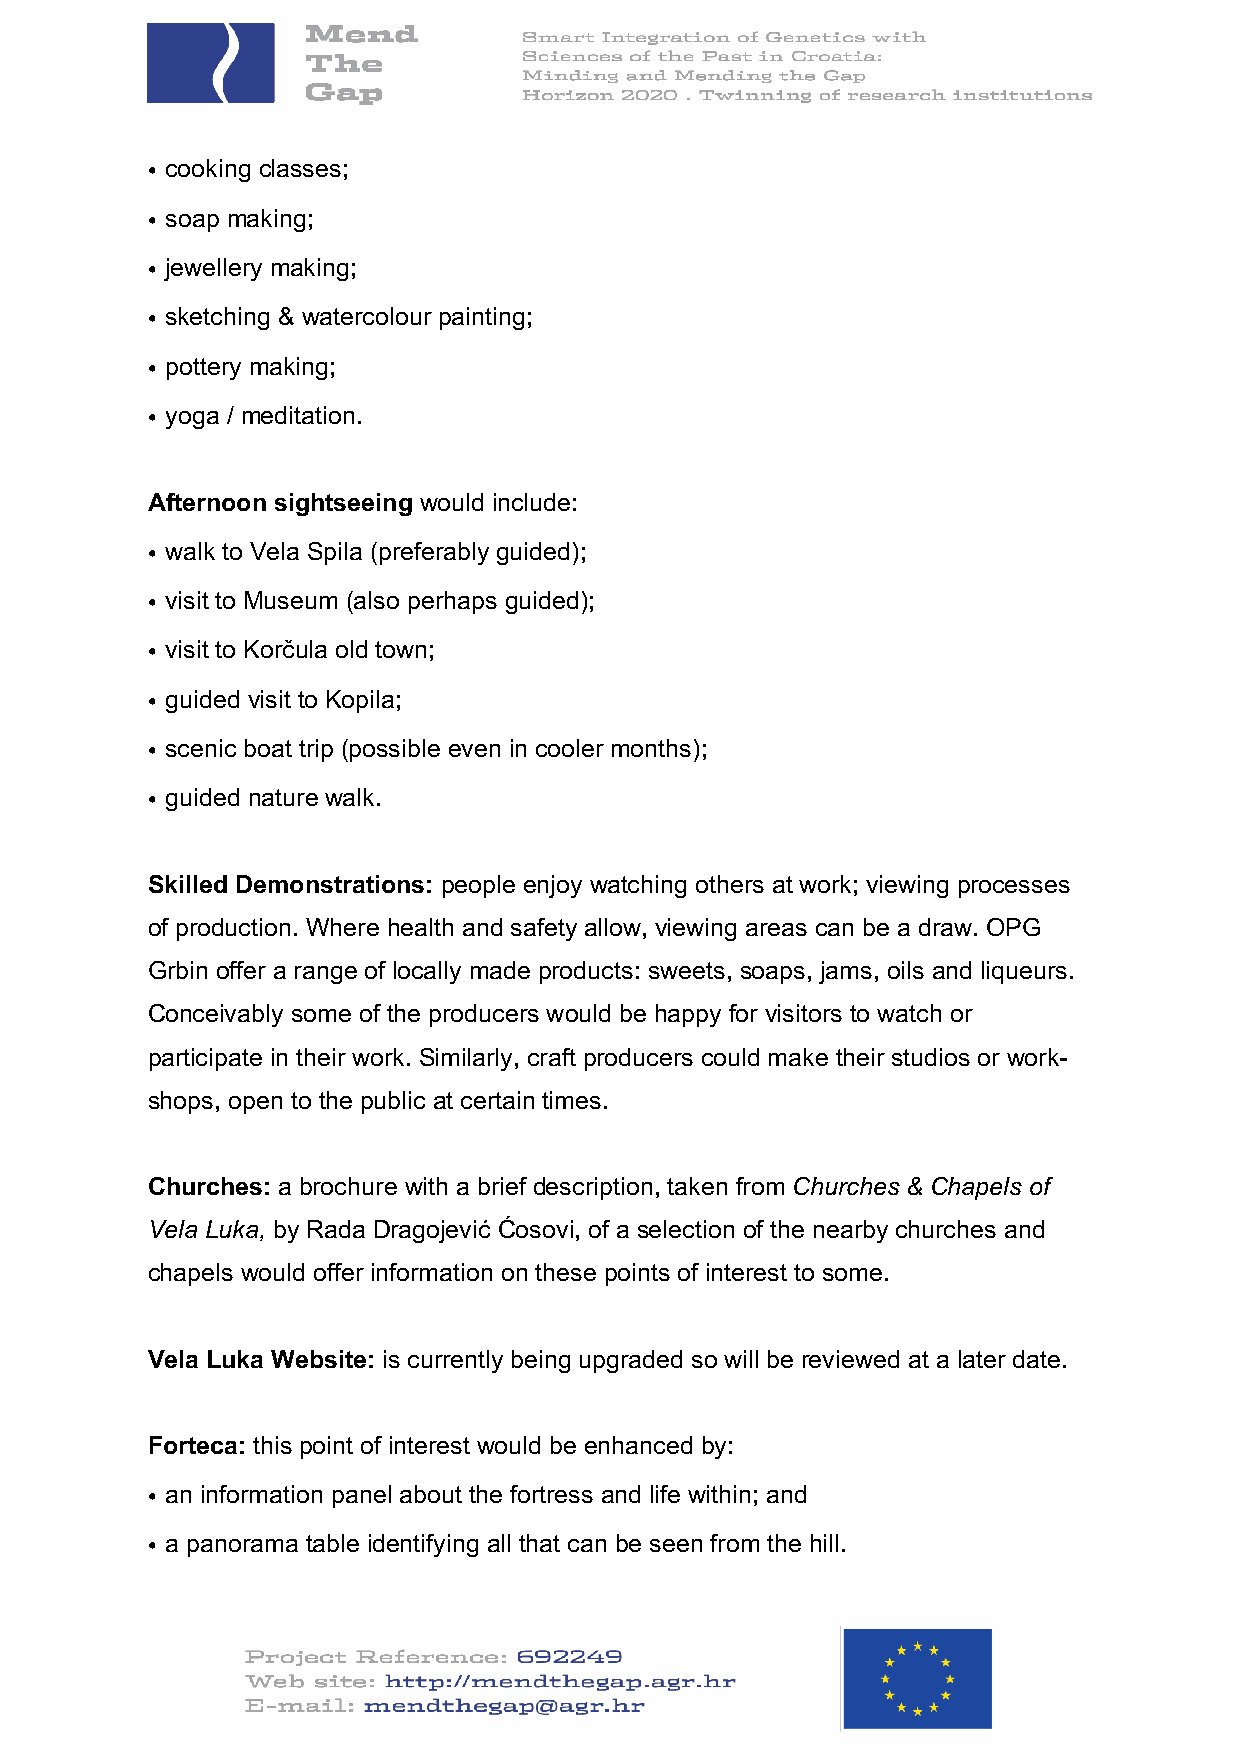
• cooking classes;
 • soap making;
 • jewellery making;
 • sketching & watercolour painting;
 • pottery making;
 • yoga / meditation.
 Afternoon sightseeing would include:
 • walk to Vela Spila (preferably guided);
 • visit to Museum (also perhaps guided);
 • visit to Korčula old town;
 • guided visit to Kopila;
 • scenic boat trip (possible even in cooler months);
 • guided nature walk.
 Skilled Demonstrations: people enjoy watching others at work; viewing processes
 of production. Where health and safety allow, viewing areas can be a draw. OPG
 Grbin offer a range of locally made products: sweets, soaps, jams, oils and liqueurs.
 Conceivably some of the producers would be happy for visitors to watch or
 participate in their work. Similarly, craft producers could make their studios or work-
 shops, open to the public at certain times.
 Churches: a brochure with a brief description, taken from Churches & Chapels of
 Vela Luka, by Rada Dragojević Ćosovi, of a selection of the nearby churches and
 chapels would offer information on these points of interest to some.
 Vela Luka Website: is currently being upgraded so will be reviewed at a later date.
 Forteca: this point of interest would be enhanced by:
 • an information panel about the fortress and life within; and
 • a panorama table identifying all that can be seen from the hill.